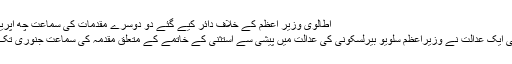
اطالوی وزیر اعظم کے خلاف دائر کیے گئے دو دوسرے مقدمات کی سماعت چھ اپریل کو کی جائے گی
گزشتہ برس اٹلی کی ایک عدالت نے وزیراعظم سلویو بیرلسکونی کی عدالت میں پیشی سے استثنیٰ کے خاتمے کے متعلق مقدمہ کی سماعت جنوری تک ملتوی کردی تھی۔